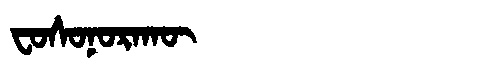
Manchu: ᠸᠣᠰᠣᠨᠣᡵᠠᡴᡡ
Romanization: FOSONORAKŪ